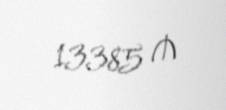
13385 ₼